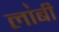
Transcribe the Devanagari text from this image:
ला॓बी